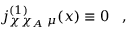
j _ { \chi \chi _ { A } \; \mu } ^ { ( 1 ) } ( x ) \equiv 0 \; \; \; ,